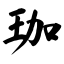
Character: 珈